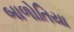
બાળોતિયા